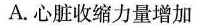
A.心脏收缩力量增加